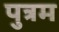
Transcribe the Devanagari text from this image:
पुत्रम